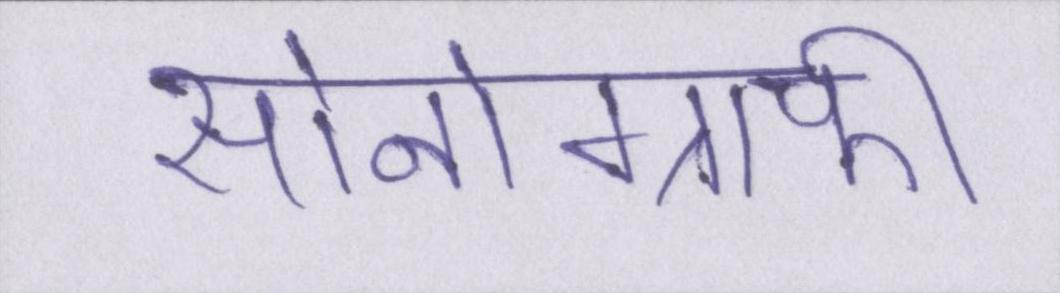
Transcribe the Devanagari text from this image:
सोनोग्राफी